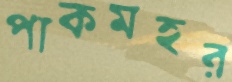
পাকমহর